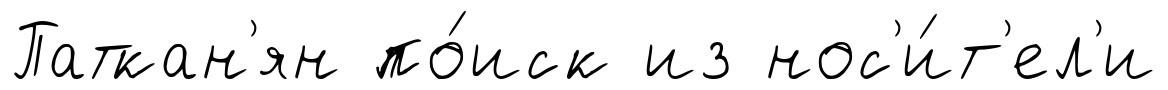
Паткан'ян по́иск из нос'и́т'ел'и